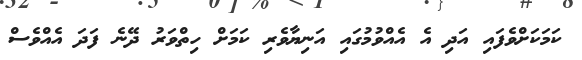
ކަމަކަށްވެފައި އަދި އެ އެއްވުމުގައި އަނިޔާވެރި ކަމަށް ހިތްވަރު ދޭނެ ފަދަ އެއްވެސް